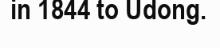
in 1844 to Udong.